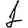
Digit: 1